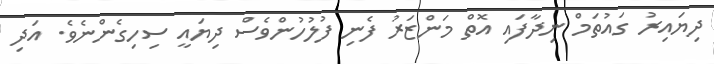
ދިޔައިރު ގައުތަމް ނިދާފައި އޮތް މަންޒަރު ފެނި ފުލުހުންވެސް ދިޔައީ ސިހިގެންނެވެ. އަދި